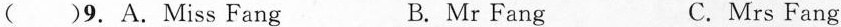
( )9.A.Miss Fang B. Mr Fang C. Mrs Fang